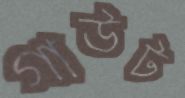
গাউট